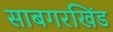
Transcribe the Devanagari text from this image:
साबगरखिंड